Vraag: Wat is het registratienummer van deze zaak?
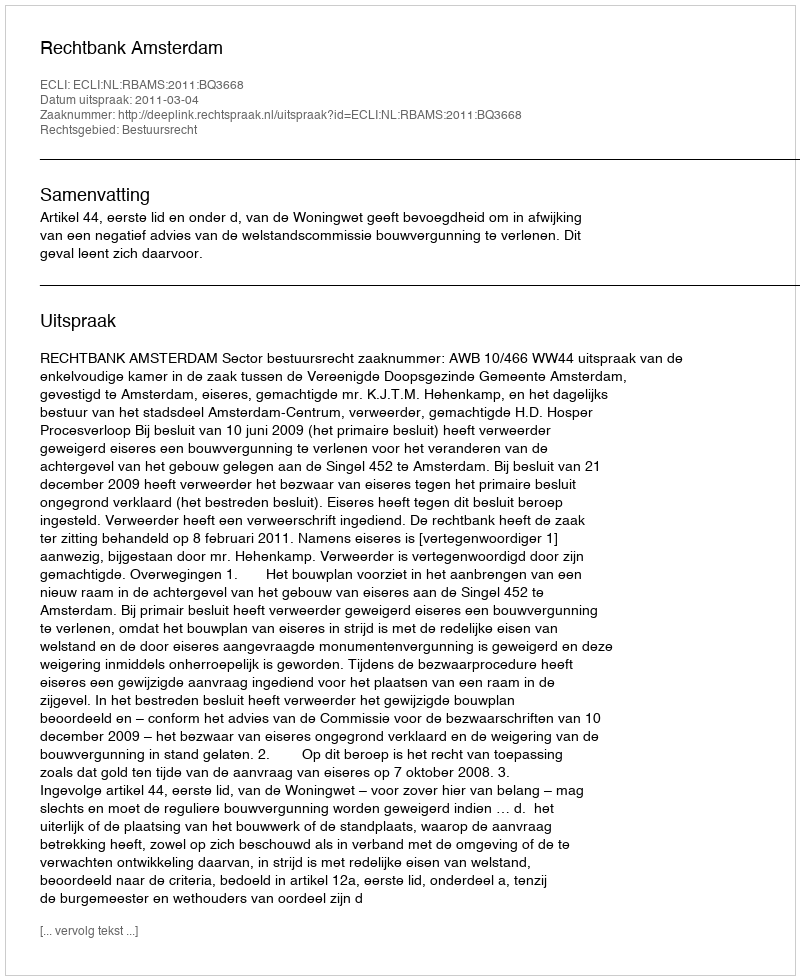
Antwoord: http://deeplink.rechtspraak.nl/uitspraak?id=ECLI:NL:RBAMS:2011:BQ3668